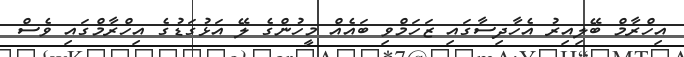
އިހްރާމް ބޭލިއިރު އެހާދިސާގައި ޒަހަމްވި ބައެއް މީހުންގެ ލޭ އަޅުގަޑުގެ އިހްރާމްގައި ވެސް